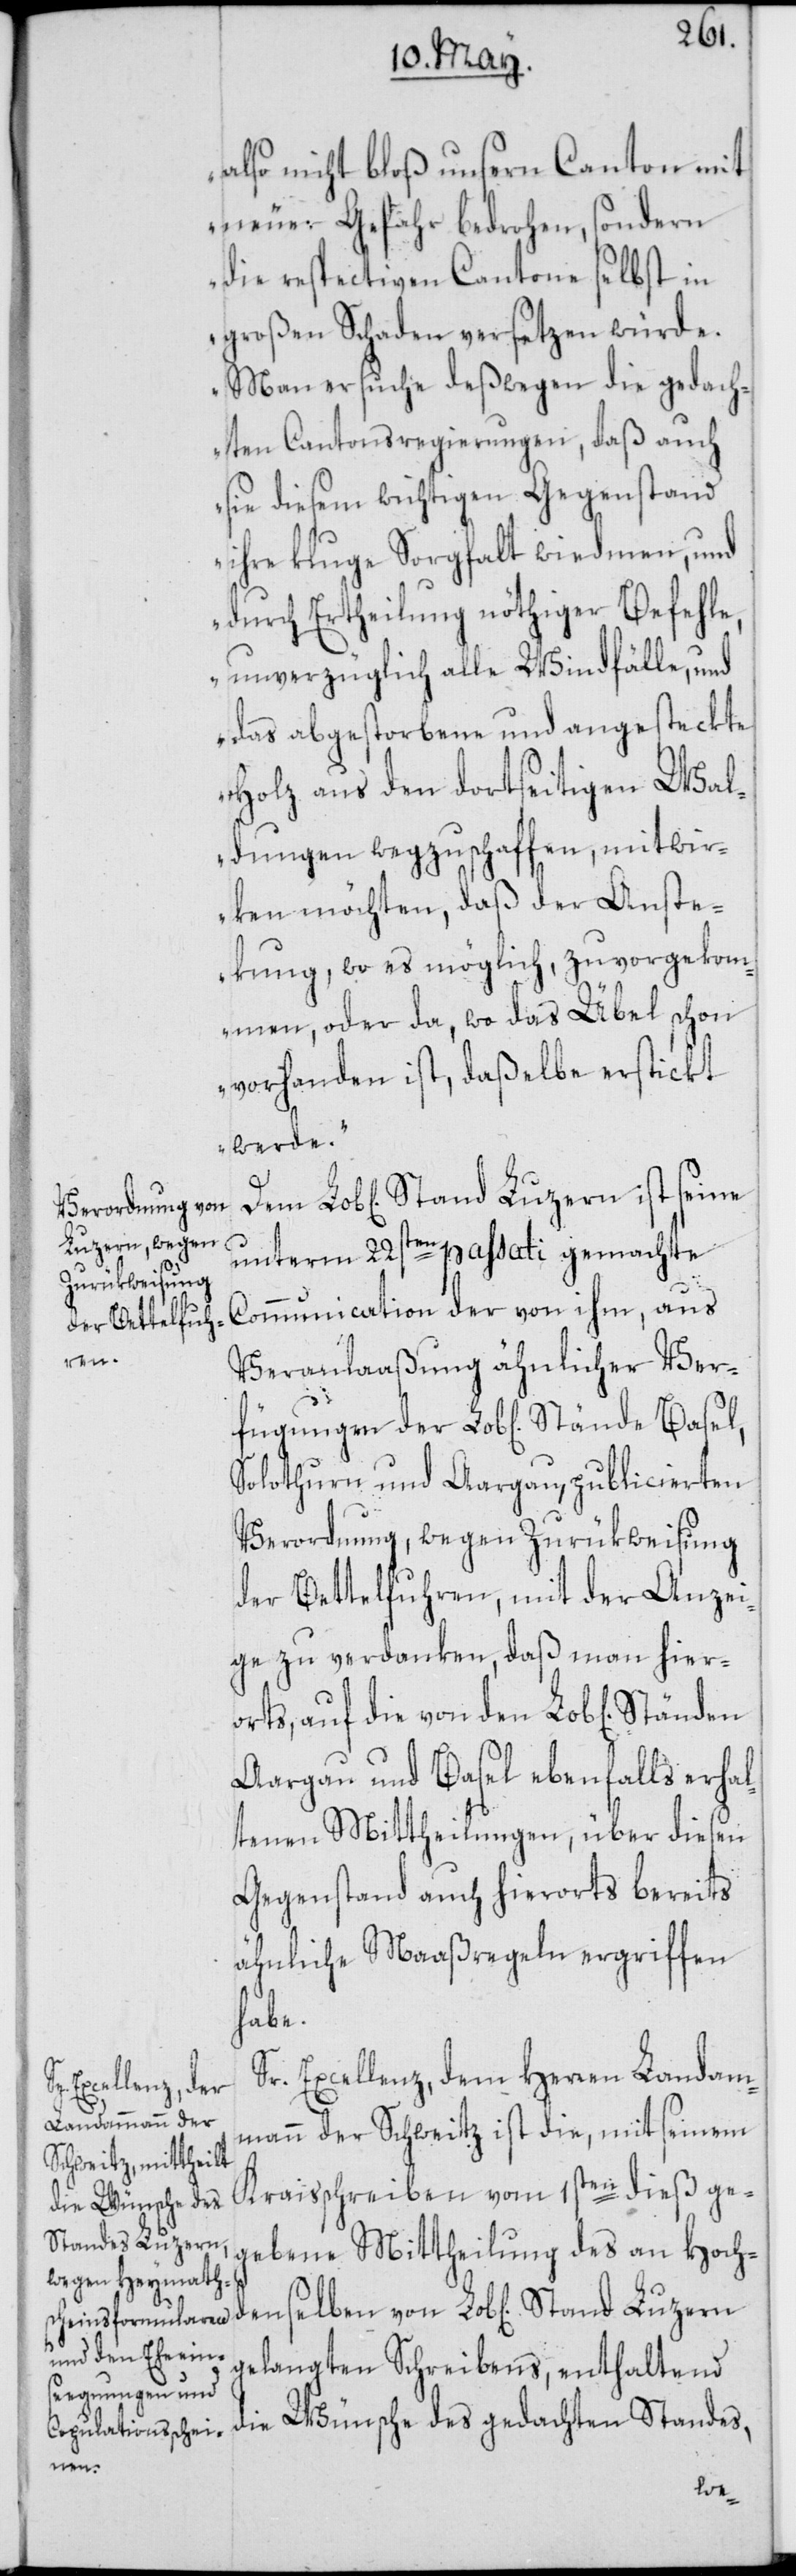
den¬
Stand Luzern
ngen

also nicht bloß unsern Canton mit
neuer Gefahr bedrohen, sondern
die respectiven Cantone selbst in
großen Schaden versetzen würde.
Man ersuche deßwegen die gedach¬
ten Cantonsregierungen, daß auch
sie diesem wichtigen Gegenstand
ihre kluge Sorgfalt wiedmen, und
durch Ertheilung nöthiger Befehle,
unverzüglich alle Windfälle, und
das abgestorbene und angesteckte
Holz aus den dortseitigen Wal¬
dungen wegzuschaffen, mitwir¬
ken möchten, daß der Anste¬
ckung, wo es möglich, zuvorgekom¬
men, oder da, wo das Übel schon
vorhanden ist, daßelbe erstickt
werde“.
unterm 22sten passati gemachte
Communication der von ihm, aus
Veranlaaßung ähnlicher Ver¬
Solothurn und Aargau, publicierten
Verordnung, wegen Zurükweisung
der Bettelfuhren, mit der Anzei¬
ge zu verdanken, daß man hier¬
orts, auf die von den Lob[lichen]
Aargau und Basel ebenfalls erhal¬
tenen Mittheilungen, über diesen
Gegenstand auch hierorts bereits
ähnliche Maaßregeln ergriffen
selben
Sr. Excellenz, dem Herren Landam¬
mann der Schweitz ist die, mit seinem
Kraisschreiben vom 1sten dieß ge¬
gebene Mittheilung des an Hoch¬
gelangten Schreibens, enthaltend
die Wünsche des gedachten Standes,
fügu¬